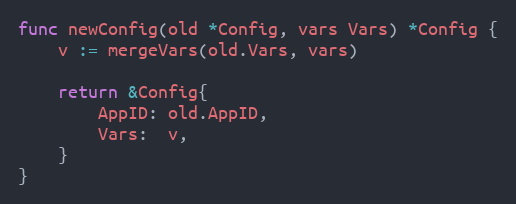
Language: Go
func newConfig(old *Config, vars Vars) *Config {
	v := mergeVars(old.Vars, vars)

	return &Config{
		AppID: old.AppID,
		Vars:  v,
	}
}